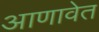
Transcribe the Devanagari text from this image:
आणावेत